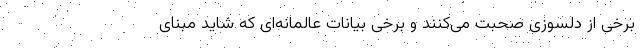
برخی از دلسوزی صحبت می‌کنند و برخی بیانات عالمانه‌ای که شاید مبنای